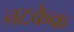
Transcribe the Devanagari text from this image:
नटकेक